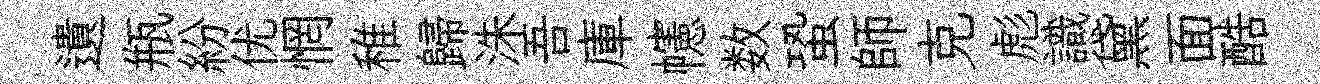
遺瓶紛优惘稚歸洙吾庫幰数蛩師克彪識黛面酷